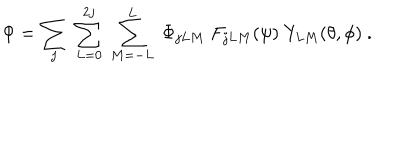
\Phi = \sum _ { j } \; \sum _ { L = 0 } ^ { 2 j } \; \sum _ { M = - L } ^ { L } \; \Phi _ { j L M } \; F _ { j L M } ( \psi ) \; Y _ { L M } ( \theta , \phi ) \ .